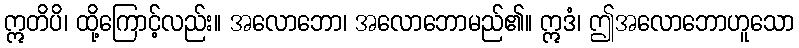
ဣတိပိ၊ ထို့ကြောင့်လည်း။ အလောဘော၊ အလောဘောမည်၏။ ဣဒံ၊ ဤအလောဘောဟူသော